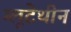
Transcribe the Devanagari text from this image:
ग्लूटेथीन